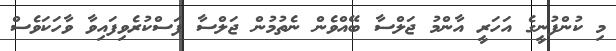
މި ކުންފުނީގެ އަހަރީ އާންމު ޖަލްސާ ބޭއްވެން ނެތުމުން ޖަލްސާ ފަސްކުރެވިފައިވާ ވާހަކަވެސް